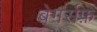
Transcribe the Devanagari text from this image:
बेगर्सफ़